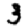
Digit: 3